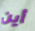
أين